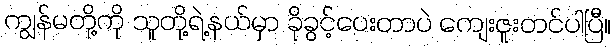
ကျွန်မတို့ကို သူတို့ရဲ့နယ်မှာ ခိုခွင့်ပေးတာပဲ ကျေးဇူးတင်ပါပြီ။